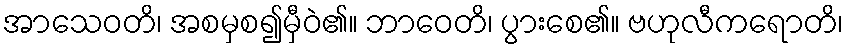
အာသေဝတိ၊ အစမှစ၍မှီဝဲ၏။ ဘာဝေတိ၊ ပွားစေ၏။ ဗဟုလီကရောတိ၊